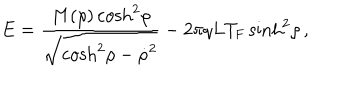
LaTeX: E = { \frac { M ( \rho ) \cosh ^ { 2 } \! \rho } { \sqrt { \cosh ^ { 2 } \! \rho - { \dot { \rho } } ^ { 2 } } } } - { 2 \pi q L T _ { \mathrm { F } } } \sinh ^ { 2 } \! \rho \, ,